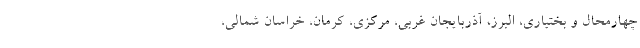
چهارمحال و بختیاری، البرز، آذربایجان غربی، مرکزی، کرمان، خراسان شمالی،